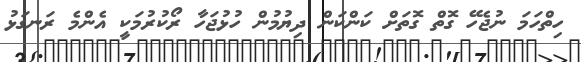
ހިތްހަމަ ނުޖެހޭ ގޮތް ގޮތަށް ކަންކަން ދިޔުމުން ހުޅުޖަހާ ރޯކުރުމަކީ އެންމެ ރަނގަޅު